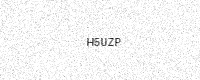
Text: H5UZP